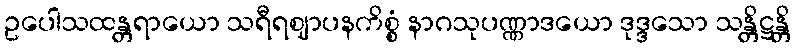
ဥပေါသထန္တရာယော သရီရဈာပနကိစ္စံ နာဂသုပဏ္ဏာဒယော ဒုဒ္ဒသော သန္တိဋ္ဌန္တိ